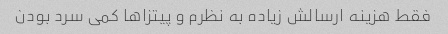
فقط هزینه ارسالش زیاده به نظرم و پیتزاها کمی سرد بودن